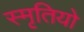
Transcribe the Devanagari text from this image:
स्मृतियो